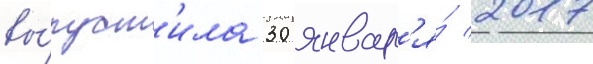
вы́пуст'ила 30 январ'я́ 2017